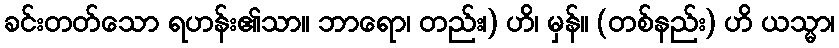
ခင်းတတ်သော ရဟန်း၏သာ။ ဘာရော၊ တည်း၊) ဟိ၊ မှန်။ (တစ်နည်း) ဟိ ယသ္မာ၊